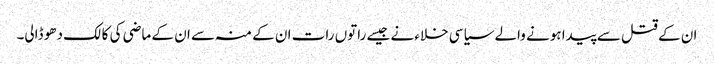
ان کے قتل سے پیدا ہونے والے سیاسی خلاء نے جیسے راتوں رات ان کے منہ سے ان کے ماضی کی کالک دھو ڈالی۔